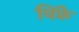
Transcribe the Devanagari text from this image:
विंफ्रे